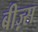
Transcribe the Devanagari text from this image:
बीज़्स